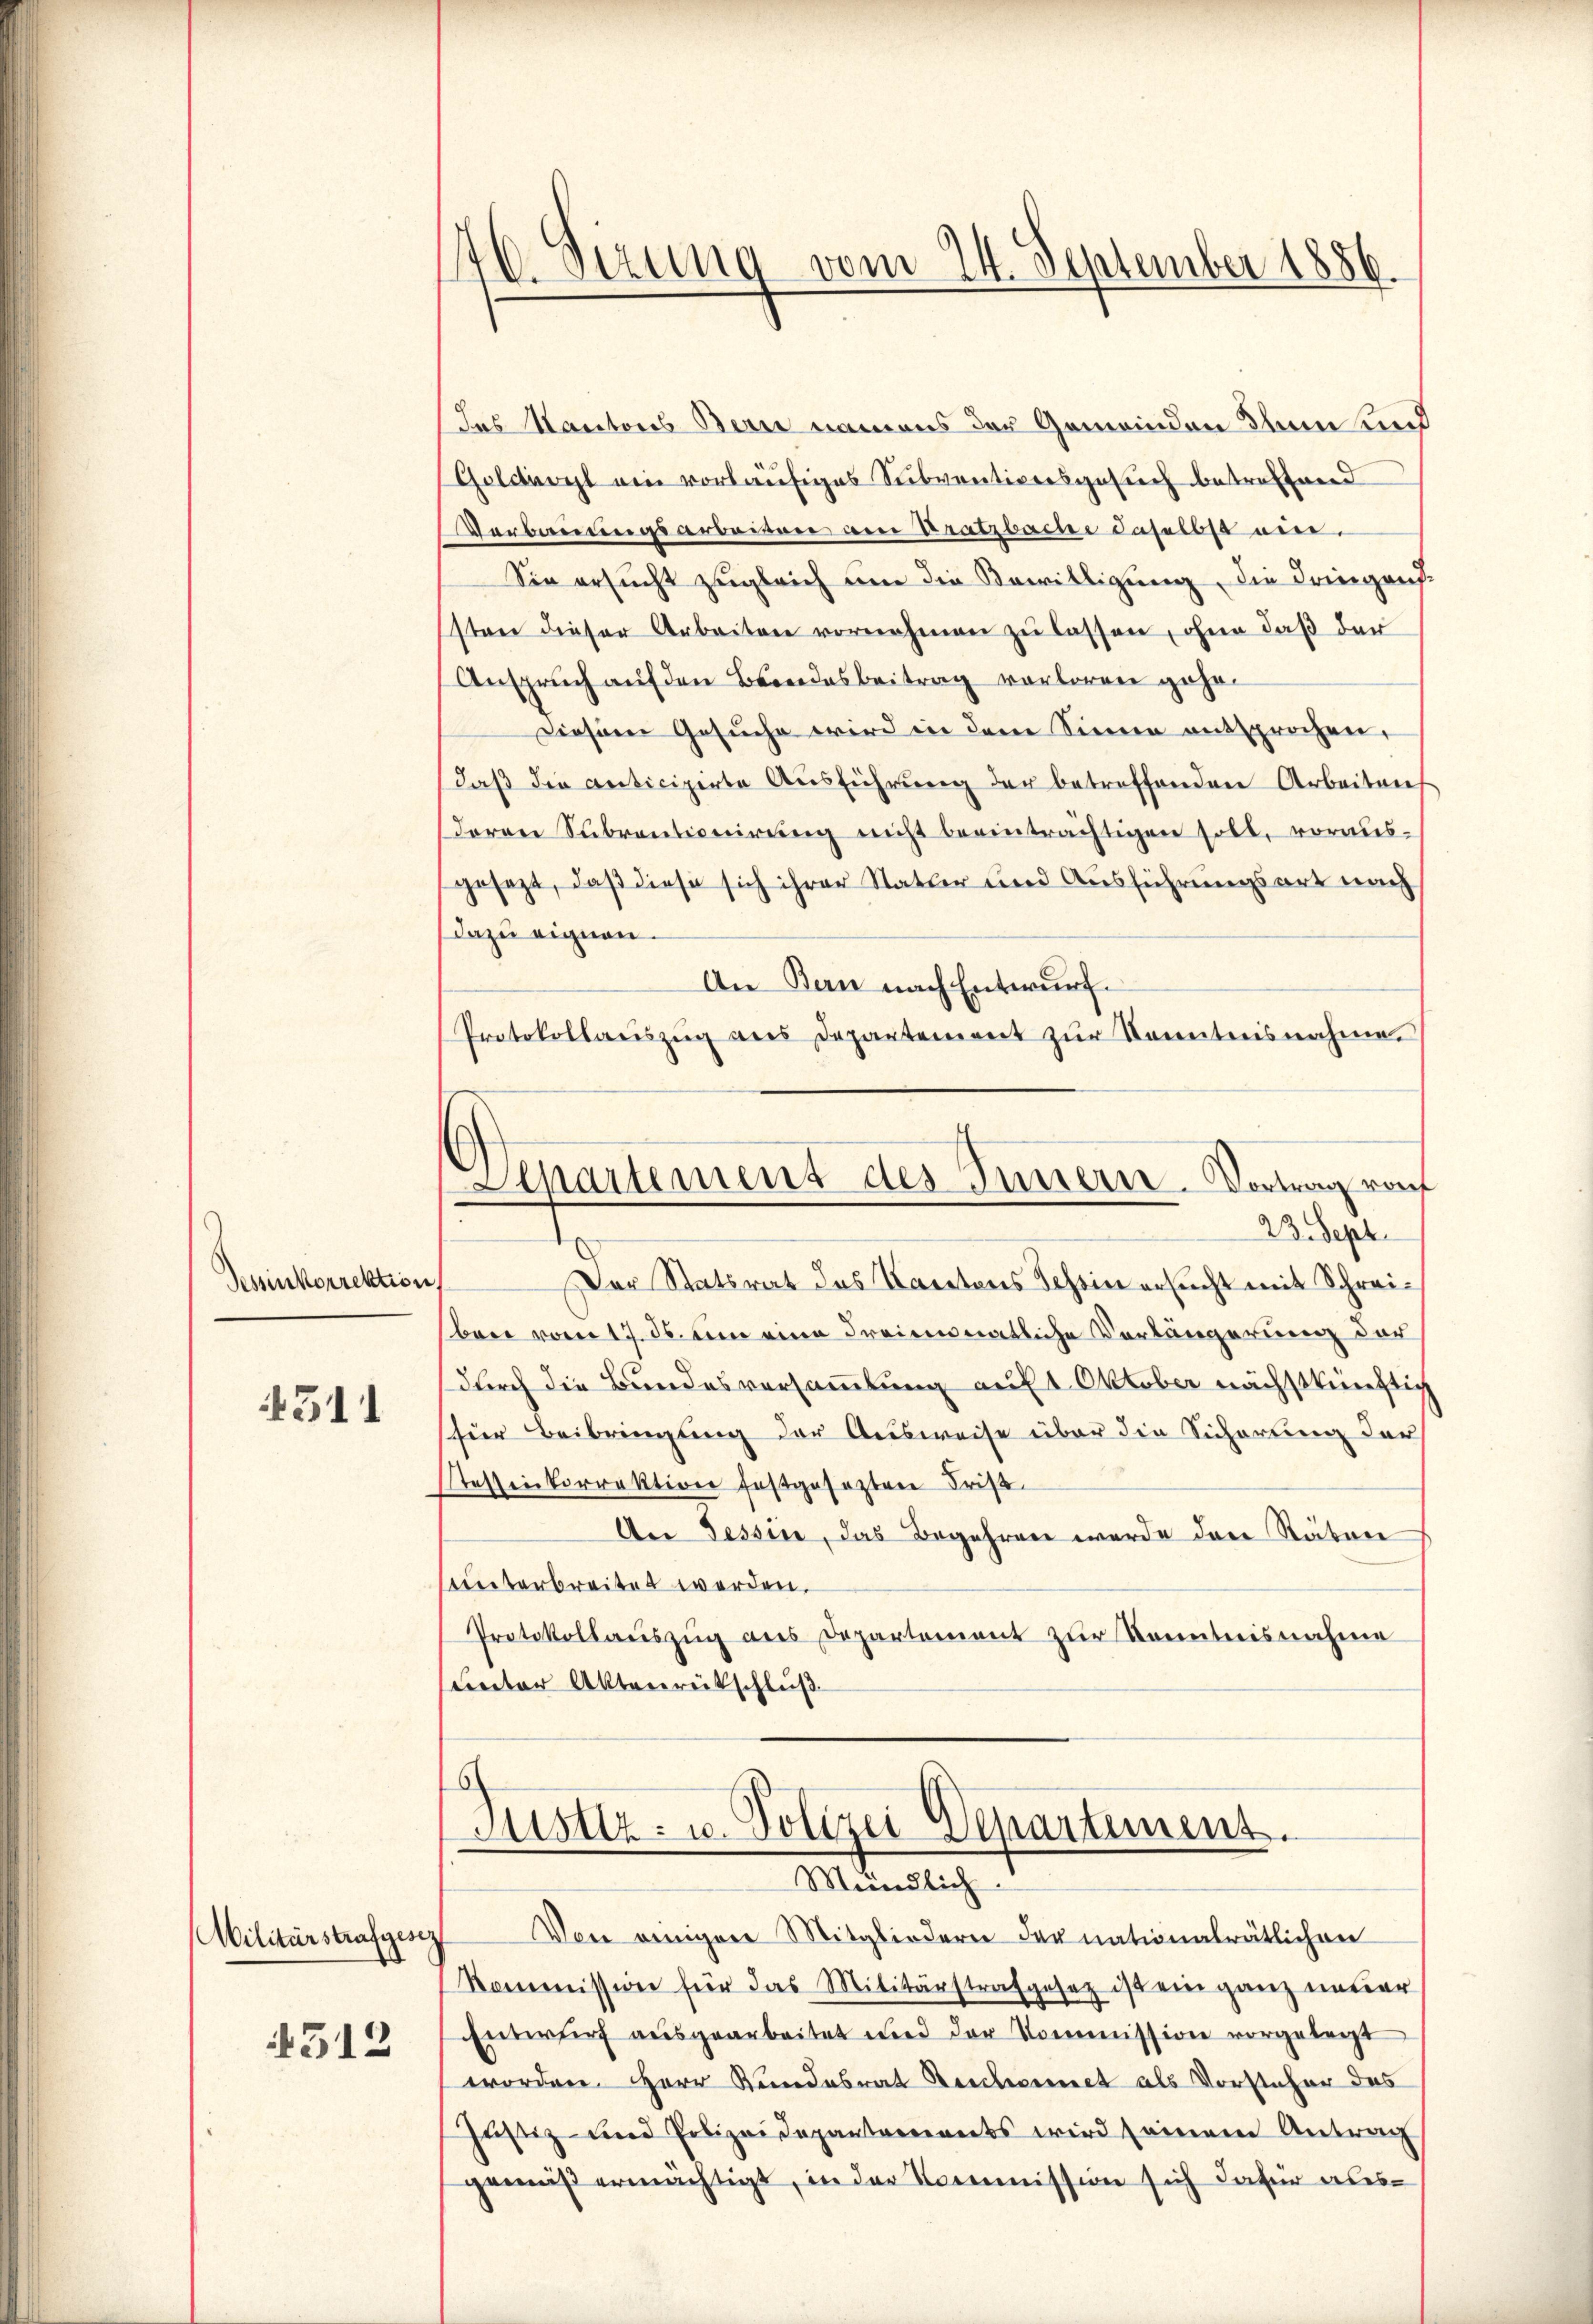
Pessinkorrektion,

311

Militärstrafgesez

4512

470. Sezung vom 24. September 1
8

das Kantons Bern namens der Gemeinden Ihnen und
Goldiwyl ein vorläufiges Subventiversgesuch betreffend
Verbauungsarbeiten am Kratzbache daselbst eise.
Sie ersucht zugleich um die Bewilligung, die dringenssten dieser Arbeiten vornehmen zu lassen, ohne daß der
Anspruch auf den Berndesbeitrag verloren geho¬
Diesem Gesuche wird in dem Sinne entsprochen,
daß die anticipirte Ausführung der betreffenden Arbeiten
deren Subventionirŭng nicht beeinträchtigen soll, voraus-
gesezt, daß diese sich ihrer Statter und Ausführungsart nach
dazu eignen.
An Bern nach Entwurf.
Protokollaŭszŭg ans Departement zŭr Kenntnisnahme.
Departement des Innern-Vortrag vom
23. Sept.
Der Statsrat des Kantons Schein ersucht mit Schreiben vom 17. ds. um eine Freiemonatliche Verlängerung der
(durch die Bundesversammlung auf 1. Oktober nächstkünftig
für Beibringung der Ausweise über die Sicherung der
stessenkorrektion festgeseztere Frist
Aer Tessin, das Begehren wurde der Räten
sunterbreitet werden.
Protokollauszug aus Departement zur Kenntnisnahme
Ceter Aktenrückschluß

Justiz- u. Polizei Departement.

Mündlich
Von einigen Mitgliedern der nationalrätlichen
Kommission für das Militärstrafgesetz ist ein ganz neuer
Entwurf ausgearbeitet und der Kommission vorgelegt
worden. Herr Kundesrat Bescheinet als Vorsteher das
Justiz und Polizeidepartements wird seinem Antrag
gemäß ermächtigt, in der Kommission sich dafür aus¬